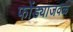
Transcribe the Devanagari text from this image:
फोंड्याजवळ